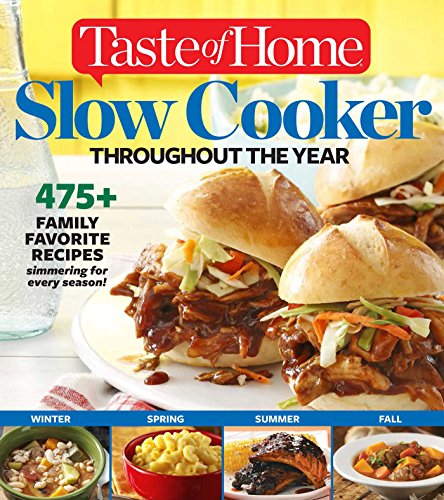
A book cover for Taste of Home Slow Cooker Throughout the Year: 475+Family Favorite Recipes Simmering for Every Season; Editors at Taste of Home; Cookbooks, Food & Wine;